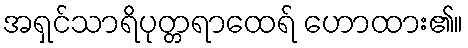
အရှင်သာရိပုတ္တရာထေရ် ဟောထား၏။